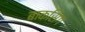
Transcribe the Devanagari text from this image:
बाकसिग